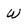
Character: W